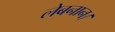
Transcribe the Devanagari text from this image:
लेबनान।